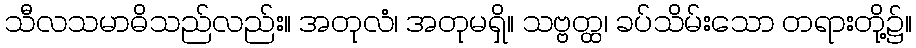
သီလသမာဓိသည်လည်း။ အတုလံ၊ အတုမရှိ။ သဗ္ဗတ္ထ၊ ခပ်သိမ်းသော တရားတို့၌။